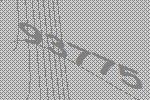
93775